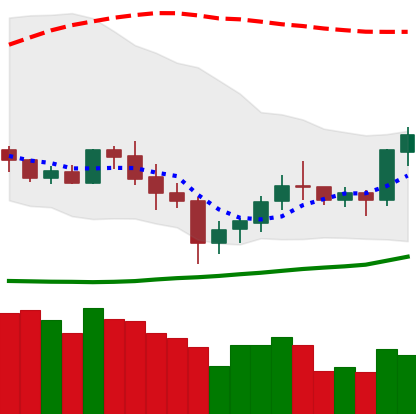
Ticker: XLM-USD
Chart end date: 2020-07-07
Forward return: 29.664%
Label: up_7plus